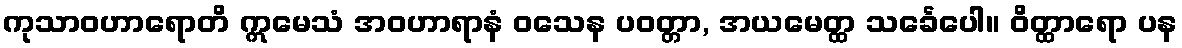
ကုသာဝဟာရောတိ ဣမေသံ အဝဟာရာနံ ဝသေန ပဝတ္တာ, အယမေတ္ထ သင်္ခေပေါ။ ဝိတ္ထာရော ပန